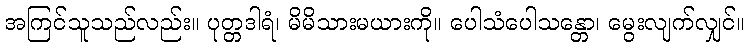
အကြင်သူသည်လည်း။ ပုတ္တဒါရံ၊ မိမိသားမယားကို။ ပေါသံပေါသန္တော၊ မွေးလျက်လျှင်။